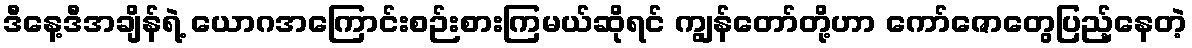
ဒီနေ့ဒီအချိန်ရဲ့ ယောဂအကြောင်းစဉ်းစားကြမယ်ဆိုရင် ကျွန်တော်တို့ဟာ ကော်ဇောတွေပြည့်နေတဲ့